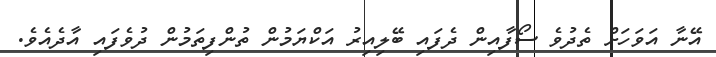
އޭނާ އަވަހަށް ތެދުވެ ސޯފާއިން ދެފައި ބޭލިއިރު އަކްޔަމުން ތުންފިތަމުން ދުވެފައި އާދެއެވެ.